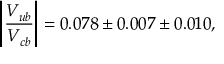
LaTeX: \left\vert { \frac { V _ { u b } ^ { \phantom { * } } } { V _ { c b } ^ { \phantom { * } } } } \right\vert = 0 . 0 7 8 \pm 0 . 0 0 7 \pm 0 . 0 1 0 ,